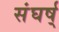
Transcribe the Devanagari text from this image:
संघर्ष्